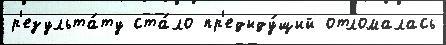
р'езульта́ту ста́ло пр'едыду́щий отломалась